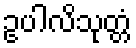
ဥပါလိသုတ္တံ